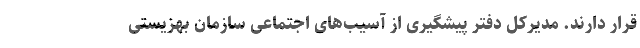
قرار دارند. مدیرکل دفتر پیشگیری از آسیب‌های اجتماعی سازمان بهزیستی